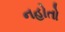
નહોતો